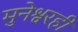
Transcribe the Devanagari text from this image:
मुनेश्वरही